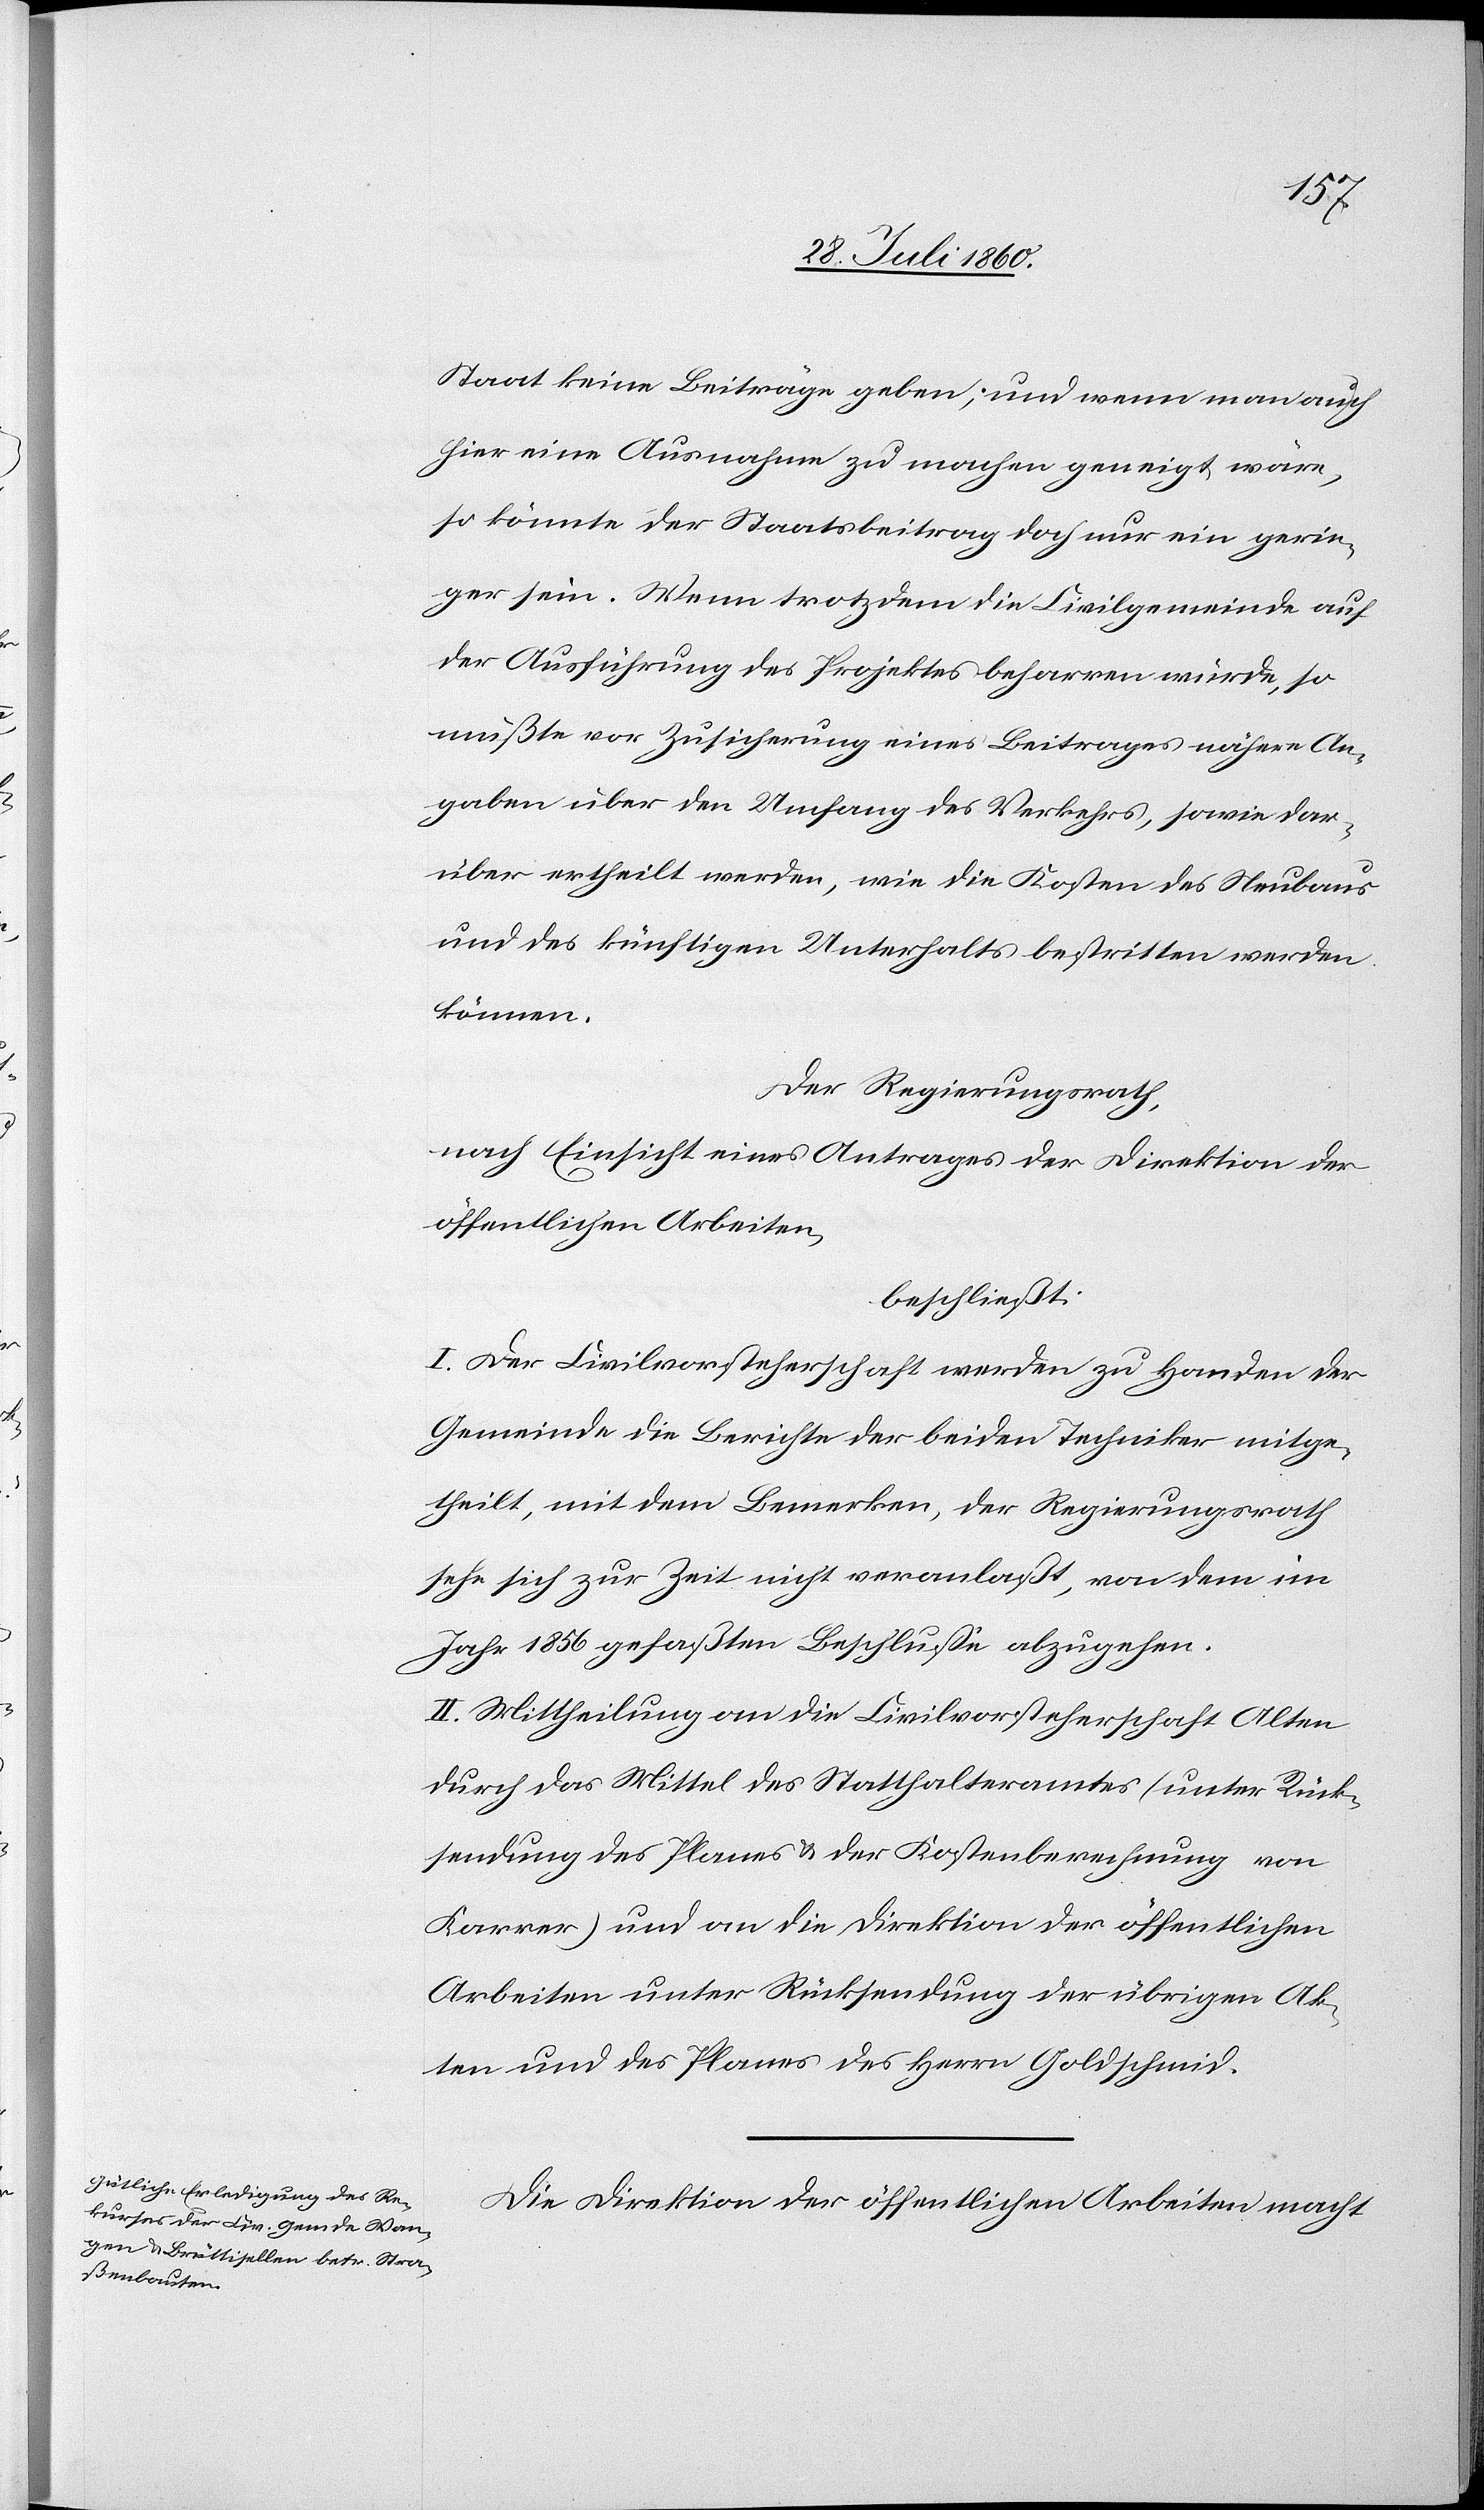
Staat keine Beiträge geben, und wenn man auch
hier eine Ausnahme zu machen geneigt wäre,
so könnte der Staatsbeitrag doch nur ein gerin¬
ger sein. Wenn trotzdem die Civilgemeinde auf
der Ausführung des Projektes beharren würde, so
müsste vor Zusicherung eines Beitrages nähere An¬
gaben über den Umfang des Verkehrs, wobei dar¬
über ertheilt werden, wie die Kosten des Neubaus
und des künftigen Unterhaltes bestritten werden
können.
Der Regierungsrath,
nach Einsicht eines Antrages der Direktion der
öffentlichen Arbeiten,
beschliesst:
I. Der Civilvorsteherschaft werden zu Handen der
Gemeinde die Berichte der beiden Techniker mitge¬
theilt, mit dem Bemerken, der Regierungsrath
sehe sich zur Zeit nicht veranlasst, von dem im
Jahr 1856 gefassten Beschlusse abzugehen.
II. Mittheilung an die Civilvorsteherschaft Alten
durch das Mittel des Statthalteramtes (unter Rück¬
sendung des Planes und der Kostenberechnung von
Karrer) und an die Direktion der öffentlichen
Arbeiten unter Rücksendung der übrigen Ak¬
ten und des Planes des Hrn. Goldschmied.
Die Direktion der öffentlichen Arbeiten macht